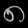
Digit: ၈